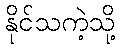
နိုင်သကဲ့သို့